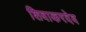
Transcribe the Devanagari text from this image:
शिवाकरदेव